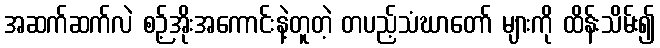
အဆက်ဆက်လဲ စဉ့်အိုးအကောင်းနဲ့တူတဲ့ တပည့်သံဃာတော် များကို ထိန်းသိမ်း၍